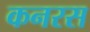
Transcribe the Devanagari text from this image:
कनरस